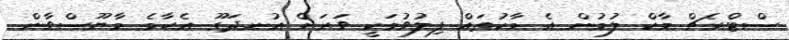
ސްޓްރެޗް މާކް ލުމުން އެ މާކުތައް ފިލުވުމަކީ ވަރަށް އުނދަގޫ އެހާމެ މާޔޫސްވާން